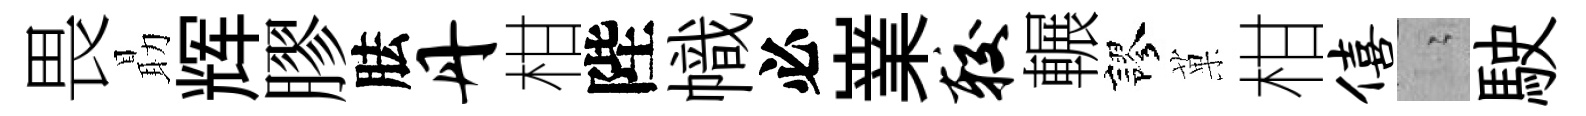
畏朂辉膠胠丹柑陛幟必嶪较輾謬菓柑僖隐駛